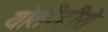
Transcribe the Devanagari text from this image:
योशीहीरो